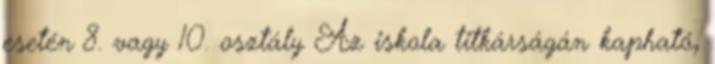
esetén 8. vagy 10. osztály Az iskola titkárságán kapható,